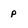
Character: p